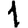
Digit: 1